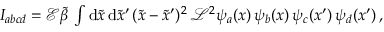
\begin{array} { r } { I _ { a b c d } = \mathcal { E } \tilde { \beta } \, \int \mathrm { d } \tilde { x } \, \mathrm { d } \tilde { x } ^ { \prime } \, ( \tilde { x } - \tilde { x } ^ { \prime } ) ^ { 2 } \, \mathcal { L } ^ { 2 } \psi _ { a } ( x ) \, \psi _ { b } ( x ) \, \psi _ { c } ( x ^ { \prime } ) \, \psi _ { d } ( x ^ { \prime } ) \, , } \end{array}